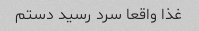
غذا واقعا سرد رسید دستم